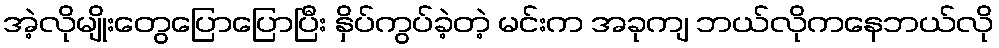
အဲ့လိုမျိုးတွေပြောပြောပြီး နှိပ်ကွပ်ခဲ့တဲ့ မင်းက အခုကျ ဘယ်လိုကနေဘယ်လို